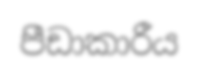
පීඩාකාරීය